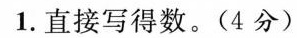
1.直接写得数。(4 分)